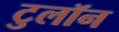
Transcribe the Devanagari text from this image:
टुलॉन